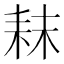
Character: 𮋥